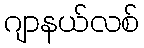
ဂျာနယ်လစ်